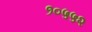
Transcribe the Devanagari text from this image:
१०५५२